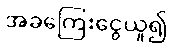
အခကြေးငွေယူ၍